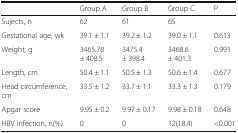
<table><thead><tr><td></td><td><b>Group A</b></td><td><b>Group B</b></td><td><b>Group C</b></td><td><b>P</b></td></tr></thead><tbody><tr><td>Sujects, n</td><td>62</td><td>61</td><td>65</td><td></td></tr><tr><td>Gestational age, wk</td><td>39.1 ± 1.1</td><td>39.2 ± 1.2</td><td>39.0 ± 1.1</td><td>0.613</td></tr><tr><td>Weight, g</td><td>3465.78 ± 408.5</td><td>3475.4 ± 398.4</td><td>3468.6 ± 401.3</td><td>0.991</td></tr><tr><td>Length, cm</td><td>50.4 ± 1.1</td><td>50.5 ± 1.3</td><td>50.6 ± 1.4</td><td>0.677</td></tr><tr><td>Head circumference, cm</td><td>33.5 ± 1.2</td><td>33.7 ± 1.1</td><td>33.3 ± 1.3</td><td>0.179</td></tr><tr><td>Apgar score</td><td>9.95 ± 0.2</td><td>9.97 ± 0.17</td><td>9.98 ± 0.18</td><td>0.648</td></tr><tr><td>HBV infection, n(%)</td><td>0</td><td>0</td><td>12(18.4)</td><td>&lt;0.001</td></tr></tbody></table>